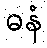
ဓနံ